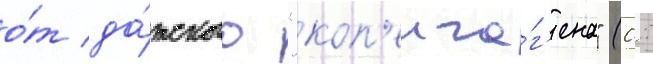
о́т да́тского "коп'енга́г'ена" (0: